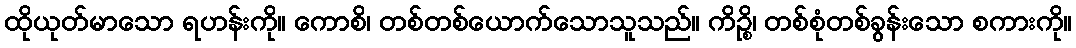
ထိုယုတ်မာသော ရဟန်းကို။ ကောစိ၊ တစ်တစ်ယောက်သောသူသည်။ ကိဉ္စိ၊ တစ်စုံတစ်ခွန်းသော စကားကို။